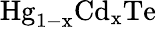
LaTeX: \mathrm{Hg_{1-x}Cd_{x}Te}